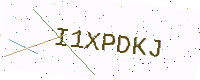
Text: I1XPDKJ